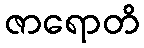
ဇာရောတိ